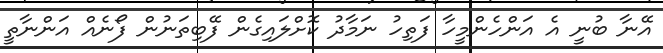
އޭނާ ބުނީ އެ އަންހެންމީހާ ފަތިހު ނަމާދު ކޮށްލައިގެން ފޭބިތަނުން ފޯނެއް އަންނާތީ